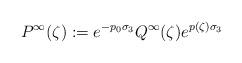
LaTeX: \begin{align*} P^{\infty}(\zeta) :=e^{-p_0 \sigma_3} Q^{\infty}(\zeta) e^{p(\zeta) \sigma_3} \end{align*}